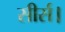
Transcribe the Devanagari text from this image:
सीर्स।